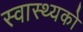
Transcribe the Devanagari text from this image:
स्वास्थ्यको